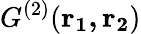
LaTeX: {G^{(2)}}(\mathbf{r_{1},r_{2}})